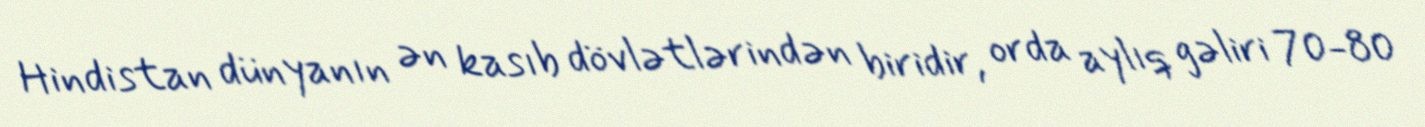
Hindistan dünyanın ən kasıb dövlətlərindən biridir, orda aylıq gəliri 70-80